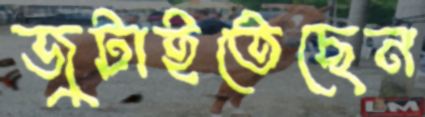
জুটাইতেছেন